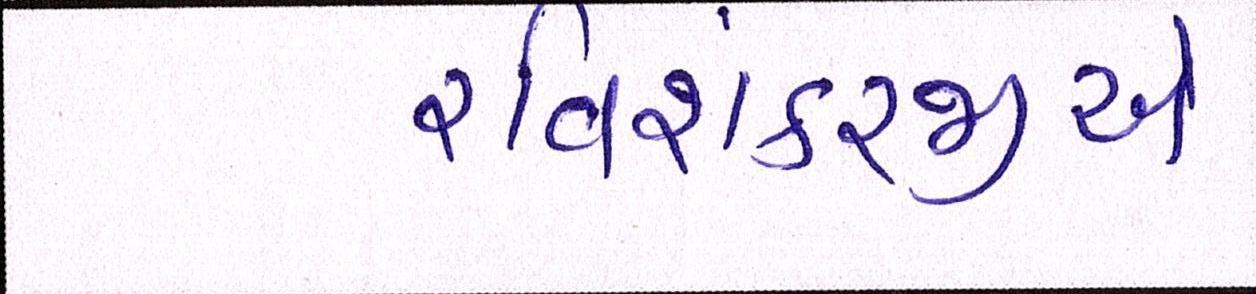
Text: રવિશંકરજીએ